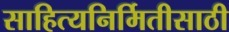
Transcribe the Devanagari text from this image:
साहित्यनिर्मितीसाठी